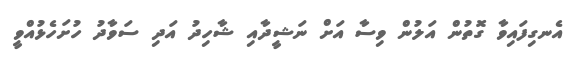
އެނގިފައިވާ ގޮތުން އަލުން ވިސާ އަށް ނަޝީދާއި ޝާހިދު އަދި ސަވާދު ހުށަހެޅުއްވީ